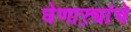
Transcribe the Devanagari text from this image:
घेणाऱ्यांचे